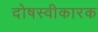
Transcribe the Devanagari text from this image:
दोषस्वीकारक